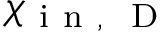
\chi _ { \mathrm { ~ i ~ n ~ , ~ } \mathrm { ~ D ~ } }